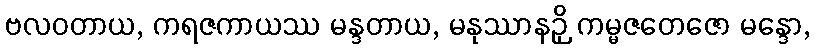
ဗလဝတာယ, ကရဇကာယဿ မန္ဒတာယ, မနုဿာနဉှိ ကမ္မဇတေဇော မန္ဒော,